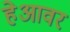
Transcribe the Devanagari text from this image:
हेआवर